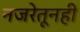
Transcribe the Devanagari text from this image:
नजरेतूनही